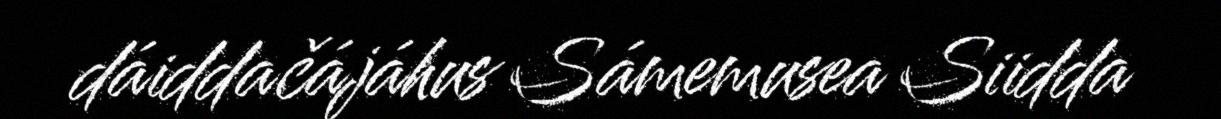
dáiddačájáhus Sámemusea Siidda